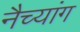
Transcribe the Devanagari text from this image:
नैच्यांग